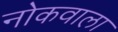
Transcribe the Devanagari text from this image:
नोकवाला